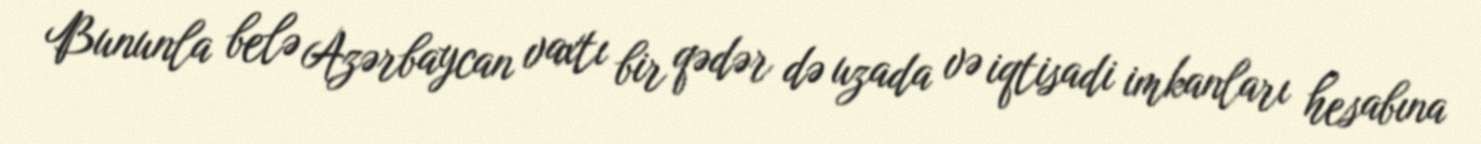
Bununla belə Azərbaycan vaxtı bir qədər də uzada və iqtisadi imkanları hesabına